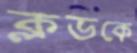
ক্লডকে